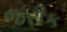
જરીક